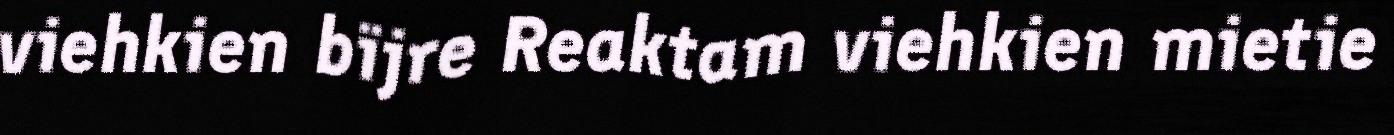
viehkien bïjre Reaktam viehkien mietie